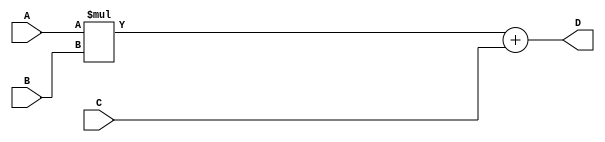
module FMA_unit (
    input wire [31:0] A,
    input wire [31:0] B,
    input wire [31:0] C,
    output reg [31:0] D
);

reg [31:0] intermediate_result;

// Multiplication block
always @(*) begin
    intermediate_result = A * B;
end

// Addition block
always @(*) begin
    D = intermediate_result + C;
end

endmodule